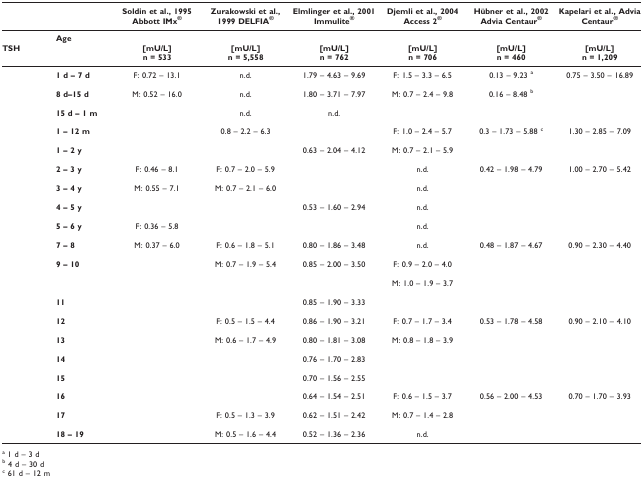
<table><thead><tr><td></td><td></td><td><b>Soldin et al., 1995 Abbott IMx<sup>®</sup></b></td><td><b>Zurakowski et al., 1999 DELFIA<sup>®</sup></b></td><td><b>Elmlinger et al., 2001 Immulite<sup>®</sup></b></td><td><b>Djemli et al., 2004 Access 2<sup>®</sup></b></td><td><b>Hübner et al., 2002 Advia Centaur<sup>®</sup></b></td><td><b>Kapelari et al., Advia Centaur<sup>®</sup></b></td></tr></thead><tbody><tr><td></td><td><b>Age</b></td><td></td><td></td><td></td><td></td><td></td><td></td></tr><tr><td><b>TSH</b></td><td></td><td><b>[mU/L]</b></td><td><b>[mU/L]</b></td><td><b>[mU/L]</b></td><td><b>[mU/L]</b></td><td><b>[mU/L]</b></td><td><b>[mU/L]</b></td></tr><tr><td></td><td></td><td><b>n = 533</b></td><td><b>n = 5,558</b></td><td><b>n = 762</b></td><td><b>n = 706</b></td><td><b>n = 460</b></td><td><b>n = 1,209</b></td></tr><tr><td></td><td><b>1 d – 7 d</b></td><td>F: 0.72 – 13.1</td><td>n.d.</td><td>1.79 – 4.63 – 9.69</td><td>F: 1.5 – 3.3 – 6.5</td><td>0.13 – 9.23 <sup>a</sup></td><td>0.75 – 3.50 – 16.89</td></tr><tr><td></td><td><b>8 d–15 d</b></td><td>M: 0.52 – 16.0</td><td>n.d.</td><td>1.80 – 3.71 – 7.97</td><td>M: 0.7 – 2.4 – 9.8</td><td>0.16 – 8.48 <sup>b</sup></td><td></td></tr><tr><td></td><td><b>15 d – 1 m</b></td><td></td><td>n.d.</td><td>n.d.</td><td></td><td></td><td></td></tr><tr><td></td><td><b>1 – 12 m</b></td><td></td><td>0.8 – 2.2 – 6.3</td><td></td><td>F: 1.0 – 2.4 – 5.7</td><td>0.3 – 1.73 – 5.88 <sup>c</sup></td><td>1.30 – 2.85 – 7.09</td></tr><tr><td></td><td><b>1 – 2 y</b></td><td></td><td></td><td>0.63 – 2.04 – 4.12</td><td>M: 0.7 – 2.1 – 5.9</td><td></td><td></td></tr><tr><td></td><td><b>2 – 3 y</b></td><td>F: 0.46 – 8.1</td><td>F: 0.7 – 2.0 – 5.9</td><td></td><td>n.d.</td><td>0.42 – 1.98 – 4.79</td><td>1.00 – 2.70 – 5.42</td></tr><tr><td></td><td><b>3 – 4 y</b></td><td>M: 0.55 – 7.1</td><td>M: 0.7 – 2.1 – 6.0</td><td></td><td>n.d.</td><td></td><td></td></tr><tr><td></td><td><b>4 – 5 y</b></td><td></td><td></td><td>0.53 – 1.60 – 2.94</td><td>n.d.</td><td></td><td></td></tr><tr><td></td><td><b>5 – 6 y</b></td><td>F: 0.36 – 5.8</td><td></td><td></td><td>n.d.</td><td></td><td></td></tr><tr><td></td><td><b>7 – 8</b></td><td>M: 0.37 – 6.0</td><td>F: 0.6 – 1.8 – 5.1</td><td>0.80 – 1.86 – 3.48</td><td>n.d.</td><td>0.48 – 1.87 – 4.67</td><td>0.90 – 2.30 – 4.40</td></tr><tr><td></td><td><b>9 – 10</b></td><td></td><td>M: 0.7 – 1.9 – 5.4</td><td>0.85 – 2.00 – 3.50</td><td>F: 0.9 – 2.0 – 4.0</td><td></td><td></td></tr><tr><td></td><td></td><td></td><td></td><td></td><td>M: 1.0 – 1.9 – 3.7</td><td></td><td></td></tr><tr><td></td><td><b>11</b></td><td></td><td></td><td>0.85 – 1.90 – 3.33</td><td></td><td></td><td></td></tr><tr><td></td><td><b>12</b></td><td></td><td>F: 0.5 – 1.5 – 4.4</td><td>0.86 – 1.90 – 3.21</td><td>F: 0.7 – 1.7 – 3.4</td><td>0.53 – 1.78 – 4.58</td><td>0.90 – 2.10 – 4.10</td></tr><tr><td></td><td><b>13</b></td><td></td><td>M: 0.6 – 1.7 – 4.9</td><td>0.80 – 1.81 – 3.08</td><td>M: 0.8 – 1.8 – 3.9</td><td></td><td></td></tr><tr><td></td><td><b>14</b></td><td></td><td></td><td>0.76 – 1.70 – 2.83</td><td></td><td></td><td></td></tr><tr><td></td><td><b>15</b></td><td></td><td></td><td>0.70 – 1.56 – 2.55</td><td></td><td></td><td></td></tr><tr><td></td><td><b>16</b></td><td></td><td></td><td>0.64 – 1.54 – 2.51</td><td>F: 0.6 – 1.5 – 3.7</td><td>0.56 – 2.00 – 4.53</td><td>0.70 – 1.70 – 3.93</td></tr><tr><td></td><td><b>17</b></td><td></td><td>F: 0.5 – 1.3 – 3.9</td><td>0.62 – 1.51 – 2.42</td><td>M: 0.7 – 1.4 – 2.8</td><td></td><td></td></tr><tr><td></td><td><b>18 – 19</b></td><td></td><td>M: 0.5 – 1.6 – 4.4</td><td>0.52 – 1.36 – 2.36</td><td>n.d.</td><td></td><td></td></tr></tbody></table>